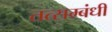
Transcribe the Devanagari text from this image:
तत्सम्बंधी